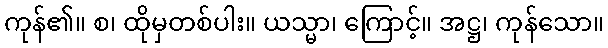
ကုန်၏။ စ၊ ထိုမှတစ်ပါး။ ယသ္မာ၊ ကြောင့်။ အဋ္ဌ၊ ကုန်သော။